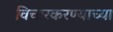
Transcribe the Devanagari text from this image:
विचारकरण्याच्या